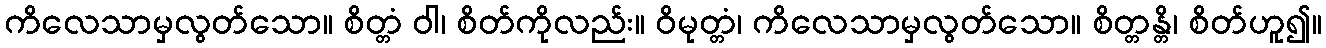
ကိလေသာမှလွတ်သော။ စိတ္တံ ဝါ၊ စိတ်ကိုလည်း။ ဝိမုတ္တံ၊ ကိလေသာမှလွတ်သော။ စိတ္တန္တိ၊ စိတ်ဟူ၍။